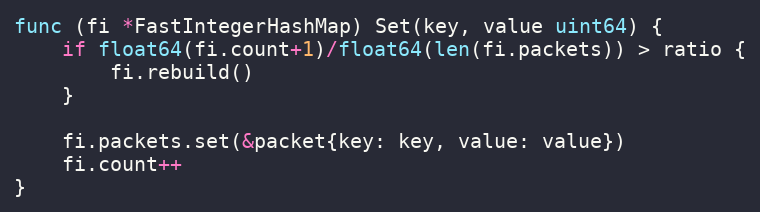
Language: Go
func (fi *FastIntegerHashMap) Set(key, value uint64) {
	if float64(fi.count+1)/float64(len(fi.packets)) > ratio {
		fi.rebuild()
	}

	fi.packets.set(&packet{key: key, value: value})
	fi.count++
}